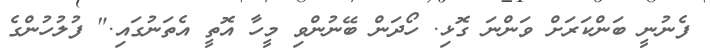
ފެނުނީ ބަންކަރަށް ވަންނަ ގޮޅި. ހޯދަން ބޭނުންވި މީހާ އޮތީ އެތަނުގައި." ފުލުހުންގެ